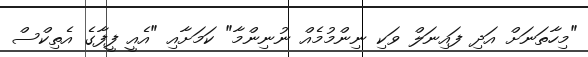
"މިހާތަނަށް އަދި ފައިނަލް ވަކި ނިންމުމެއް ނުނިންމާ" ކަމަށާއި "އެއީ ފީފާގެ އެތިކްސް